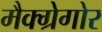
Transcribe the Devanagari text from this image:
मैक्ग्रेगोर